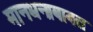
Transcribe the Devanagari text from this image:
मानधनाबाबत